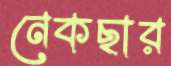
নেকছার